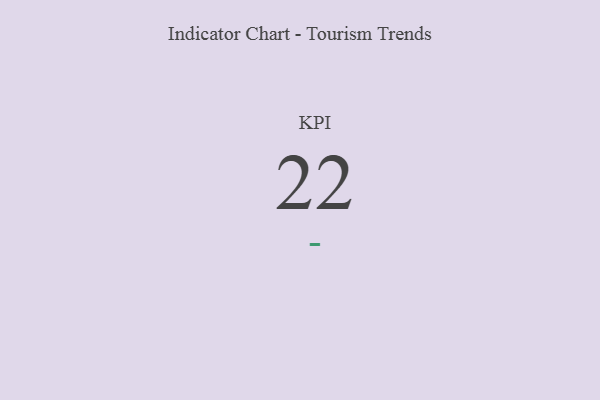
{"axis": {"x": "KPI", "y": "Value"}, "legend": [""], "data": [{"x": "KPI", "y": 22, "type": ""}]}